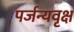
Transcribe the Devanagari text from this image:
पर्जन्यवृक्ष